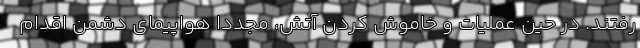
رفتند. در حین عملیات و خاموش کردن آتش، مجدداً هواپیمای دشمن اقدام